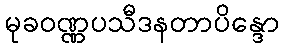
မုခဝဏ္ဏပသီဒနတာပိန္ဒော